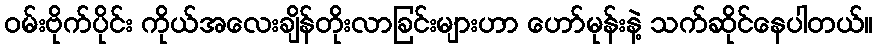
ဝမ်းဗိုက်ပိုင်း ကိုယ်အလေးချိန်တိုးလာခြင်းများဟာ ဟော်မုန်းနဲ့ သက်ဆိုင်နေပါတယ်။